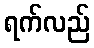
ရက်လည်